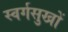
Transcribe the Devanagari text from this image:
स्वर्गसुखों